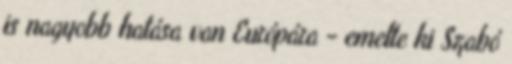
is nagyobb hatása van Európára - emelte ki Szabó